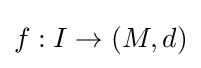
f:I\to (M,d)